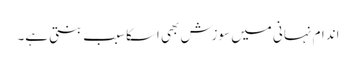
اندام نہانی میں سوزش بھی اسکاسبب بنتی ہے۔